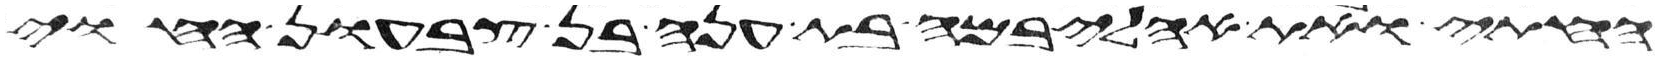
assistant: החתי ואת אהליבמה בת ענה בן צבעון החוי